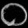
Digit: ၀